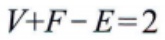
\(V+F-E=2\)